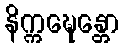
နိက္ကဍ္ဎေန္တော